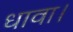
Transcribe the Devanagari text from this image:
धावा।